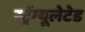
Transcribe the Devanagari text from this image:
स्ट्रेंग्यूलेटेड